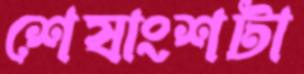
শেষাংশটা